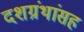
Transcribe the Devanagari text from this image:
दशग्रंथांसह